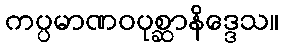
ကပ္ပမာဏဝပုစ္ဆာနိဒ္ဒေသ။